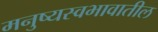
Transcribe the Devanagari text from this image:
मनुष्यस्वभावातील